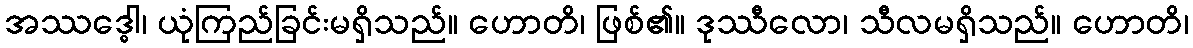
အဿဒ္ဓေါ၊ ယုံကြည်ခြင်းမရှိသည်။ ဟောတိ၊ ဖြစ်၏။ ဒုဿီလော၊ သီလမရှိသည်။ ဟောတိ၊